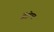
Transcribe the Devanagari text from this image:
सेंट्रोपस